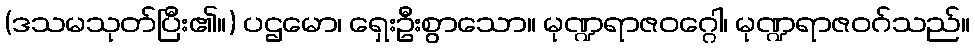
(ဒသမသုတ်ပြီး၏။) ပဌမော၊ ရှေးဦးစွာသော။ မုဏ္ဍရာဇဝဂ္ဂေါ၊ မုဏ္ဍရာဇဝဂ်သည်။